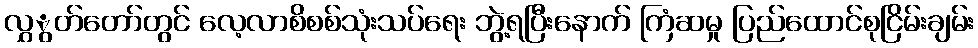
လွှွတ်တော်တွင် လေ့လာစိစစ်သုံးသပ်ရေး ဘွဲ့ရပြီးနောက် ကြံဆမှု ပြည်ထောင်စုငြိမ်းချမ်း